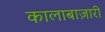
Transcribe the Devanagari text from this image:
कालाबाज़ारी